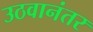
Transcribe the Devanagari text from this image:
उठवानंतर